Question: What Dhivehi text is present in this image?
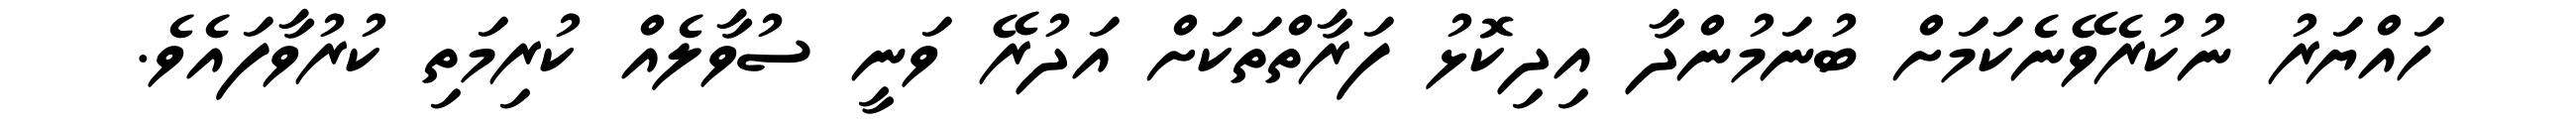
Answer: ހައްޔަރު ނުކުރެވޭނެކަމަށް ބުނަމުންދާ އިދިކޮޅު ފަރާތްތަކަށް އަދުރޭ ވަނީ ސުވާލެއް ކުރިމަތި ކުރުވާފައެވެ.